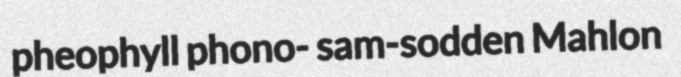
pheophyll phono- sam-sodden Mahlon